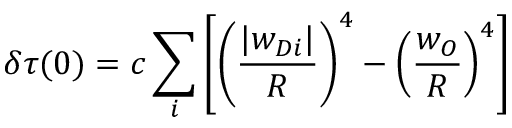
\delta \tau ( 0 ) = c \sum _ { i } \left[ \left( \frac { | w _ { D i } | } { R } \right) ^ { 4 } - \left( \frac { w _ { O } } { R } \right) ^ { 4 } \right]